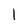
Character: 1